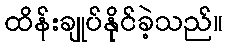
ထိန်းချုပ်နိုင်ခဲ့သည်။